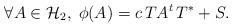
LaTeX: \begin{align*}\forall A \in {\cal H}_2, \; \phi (A) = c\,TA^t\, T^* + S.\end{align*}